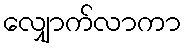
လျှောက်လာကာ